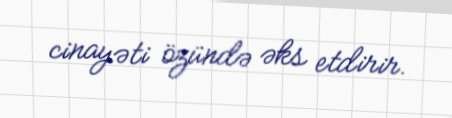
cinayəti özündə əks etdirir.